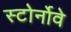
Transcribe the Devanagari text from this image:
स्टोर्नोवे